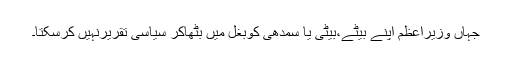
جہاں وزیراعظم اپنے بیٹے،بیٹی یا سمدھی کوبغل میں بٹھاکر سیاسی تقریرنہیں کرسکتا۔